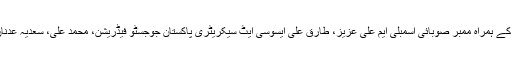
تقریب میںجوجسٹو کھلاڑی فاطمہ عرفان، دلاور خان ، محمد علی رشید کے ہمراہ ممبر صوبائی اسمبلی ایم علی عزیز، طارق علی ایسوسی ایٹ سیکریٹری پاکستان جوجسٹو فیڈریشن، محمد علی، سعدیہ عدنان، شارق علی بورڈ ممبران سندھ جوجسٹو ایسوسی ایشن بھی موجود تھے۔